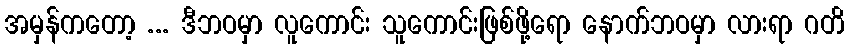
အမှန်ကတော့ ... ဒီဘဝမှာ လူကောင်း သူကောင်းဖြစ်ဖို့ရော နောက်ဘဝမှာ လားရာ ဂတိ